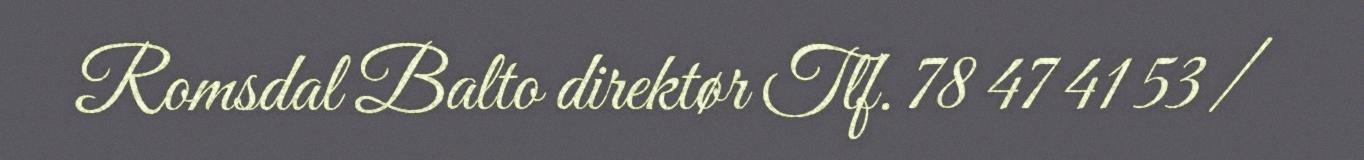
Romsdal Balto direktør Tlf. 78 47 41 53/